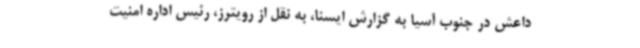
داعش در جنوب آسیا به گزارش ایسنا، به نقل از رویترز، رئیس اداره امنیت